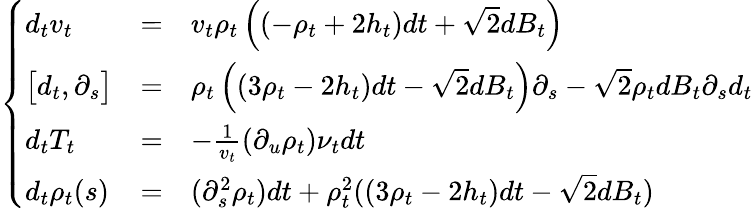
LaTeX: \left\{ \begin{array}{lcl}{d_{t}v_{t}}&{=}&{v_{t}\rho_{t}\left((-\rho_{t}+2h_{t})dt+\sqrt{2}dB_{t}\right)}\\ {\big[d_{t},\partial_{s}\big]}&{=}&{\rho_{t}\left((3\rho_{t}-2h_{t})dt-\sqrt{2}dB_{t}\right)\partial_{s}-\sqrt{2}\rho_{t}dB_{t}\partial_{s}d_{t}}\\ {d_{t}T_{t}}&{=}&{-\frac{1}{v_{t}}(\partial_{u}\rho_{t})\nu_{t}dt}\\ {d_{t}\rho_{t}(s)}&{=}&{(\partial_{s}^{2}\rho_{t})dt+\rho_{t}^{2}((3\rho_{t}-2h_{t})dt-\sqrt{2}dB_{t})}\end{array}\right.